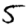
Digit: 5